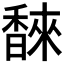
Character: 𮩩